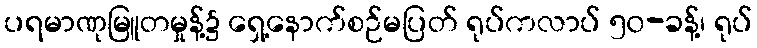
ပရမာဏုမြူတမှုန့်၌ ရှေ့နောက်စဉ်မပြတ် ရုပ်ကလာပ် ၅၀-ခန့်၊ ရုပ်